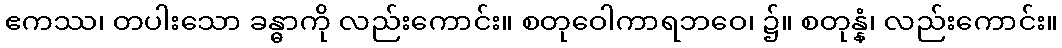
ဧကဿ၊ တပါးသော ခန္ဓာကို လည်းကောင်း။ စတုဝေါကာရဘဝေ၊ ၌။ စတုန္နံ၊ လည်းကောင်း။